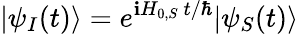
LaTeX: |\psi_{I}(t)\rangle=e^{\mathbf{i}H_{0,S}~t/\hbar}|\psi_{S}(t)\rangle